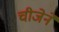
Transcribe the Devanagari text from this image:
चीजेने